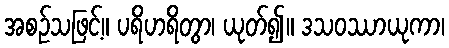
အစဉ်သဖြင့်။ ပရိဟရိတွာ၊ ယုတ်၍။ ဒသဝဿာယုကာ၊